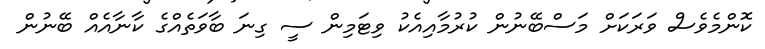
ކޮންމެވެސް ވަރަކަށް މަސްބޭނުން ކުރުމާއިއެކު ވިޓަމިން ސީ ގިނަ ބާވަތެއްގެ ކާނާއެއް ބޭނުން